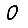
Digit: 0